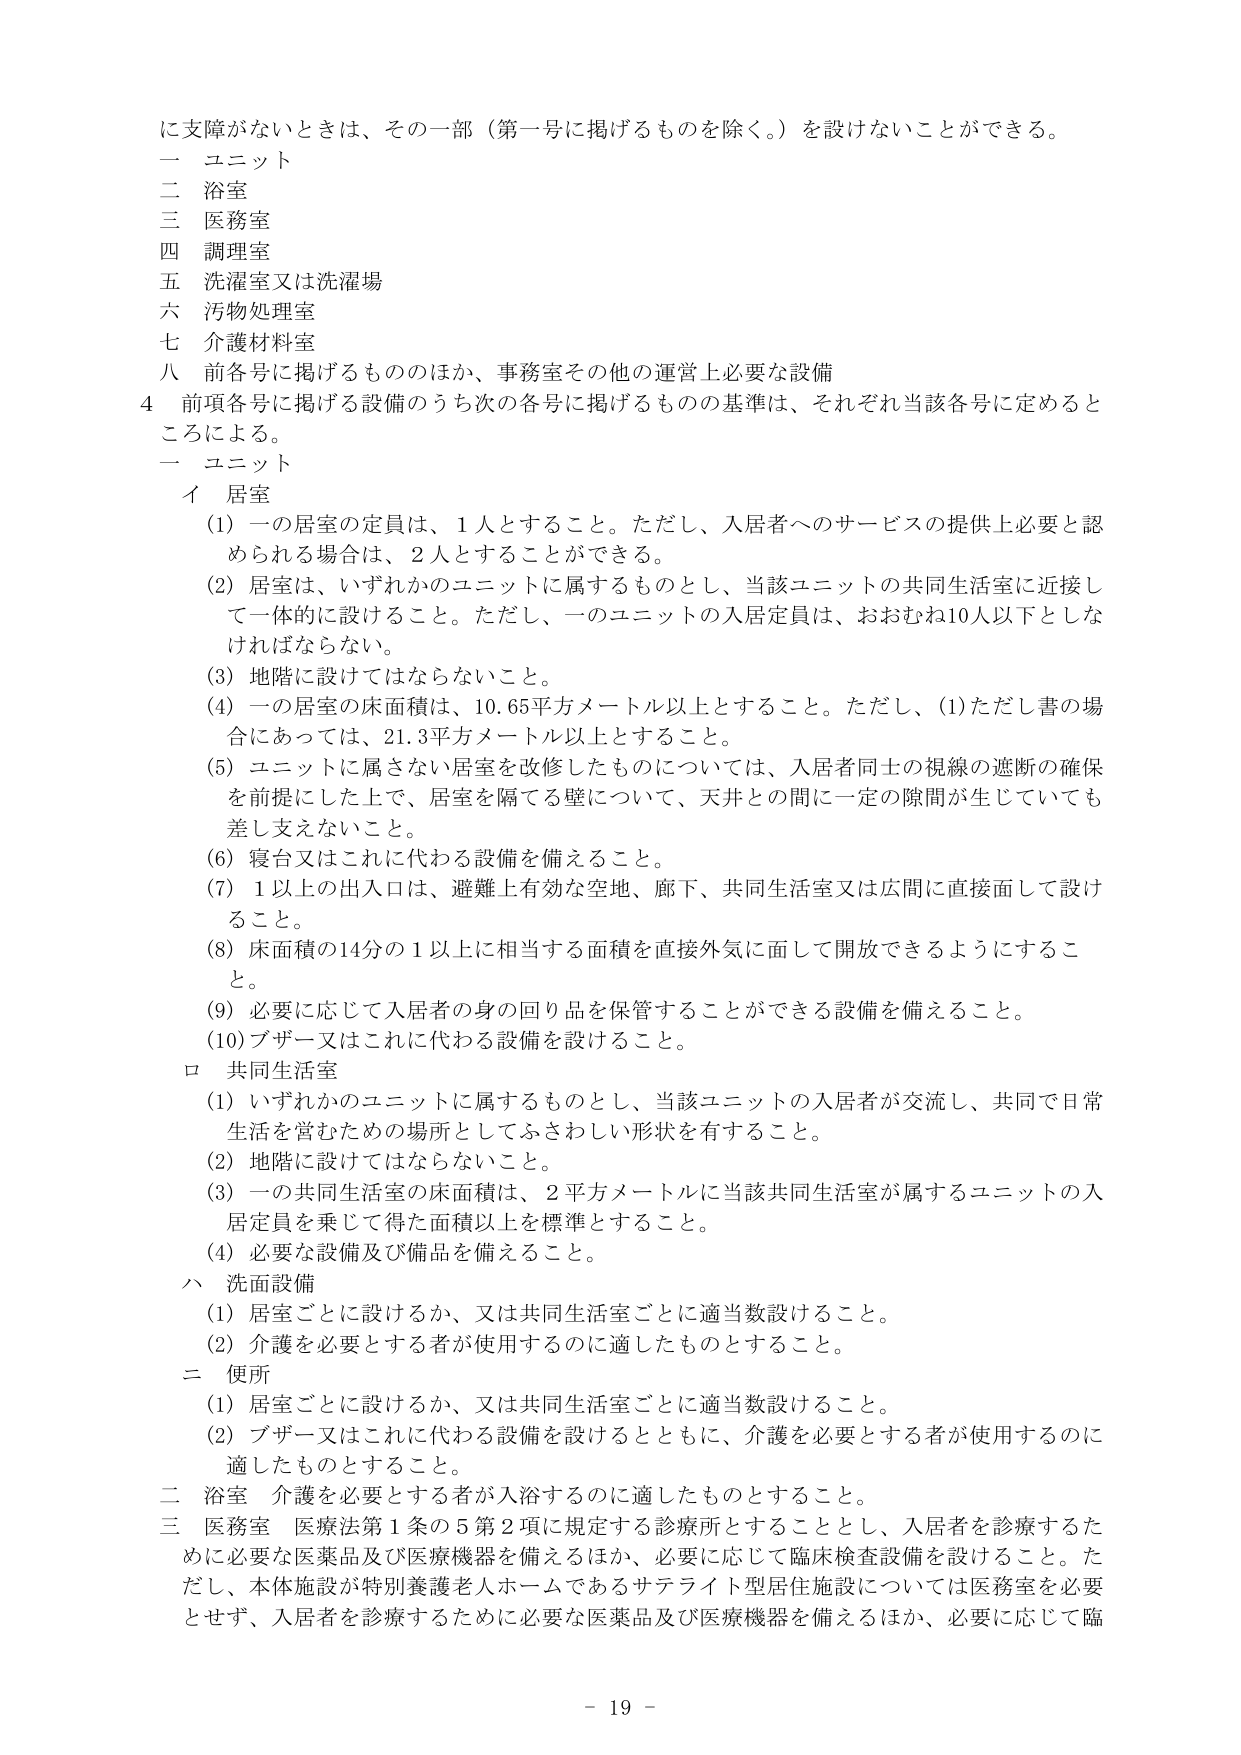
に支障がないときは、その一部（第一号に掲げるものを除く。）を設けないことができる。
一 ユニット
二 浴室
三 医務室
四 調理室
五 洗濯室又は洗濯場
六 汚物処理室
七 介護材料室
八 前各号に掲げるもののほか、事務室その他の運営上必要な設備
4 前項各号に掲げる設備のうち次の各号に掲げるものの基準は、それぞれ当該各号に定めるところによる。
一 ユニット
イ 居室
(1) 一の居室の定員は、1人とすること。ただし、入居者へのサービスの提供上必要と認められる場合は、2人とすることができる。
(2) 居室は、いずれかのユニットに属するものとし、当該ユニットの共同生活室に近接して一体的に設けること。ただし、一のユニットの入居定員は、おおむね10人以下としなければならない。
(3) 地階に設けてはならないこと。
(4) 一の居室の床面積は、10.65平方メートル以上とすること。ただし、(1)ただし書の場合にあっては、21.3平方メートル以上とすること。
(5) ユニットに属さない居室を改修したものについては、入居者同士の視線の遮断の確保を前提にした上で、居室を隔てる壁について、天井との間に一定の隙間が生じていても差し支えないこと。
(6) 寝台又はこれに代わる設備を備えること。
(7) 1以上の出入口は、避難上有効な空地、廊下、共同生活室又は広間に直接面して設けること。
(8) 床面積の14分の1以上に相当する面積を直接外気に面して開放できるようにすること。
(9) 必要に応じて入居者の身の回り品を保管することができる設備を備えること。
(10) ブザー又はこれに代わる設備を設けること。
ロ 共同生活室
(1) いずれかのユニットに属するものとし、当該ユニットの入居者が交流し、共同で日常生活を営むための場所としてふさわしい形状を有すること。
(2) 地階に設けてはならないこと。
(3) 一の共同生活室の床面積は、2平方メートルに当該共同生活室が属するユニットの入居定員を乗じて得た面積以上を標準とすること。
(4) 必要な設備及び備品を備えること。
ハ 洗面設備
(1) 居室ごとに設けるか、又は共同生活室ごとに適当数設けること。
(2) 介護を必要とする者が使用するのに適したものとすること。
ニ 便所
(1) 居室ごとに設けるか、又は共同生活室ごとに適当数設けること。
(2) ブザー又はこれに代わる設備を設けるとともに、介護を必要とする者が使用するのに適したものとすること。
二 浴室 介護を必要とする者が入浴するのに適したものとすること。
三 医務室 医療法第1条の5第2項に規定する診療所とすることとし、入居者を診療するために必要な医薬品及び医療機器を備えるほか、必要に応じて臨床検査設備を設けること。ただし、本体施設が特別養護老人ホームであるサテライト型居住施設については医務室を必要とせず、入居者を診療するために必要な医薬品及び医療機器を備えるほか、必要に応じて臨
- 19 -